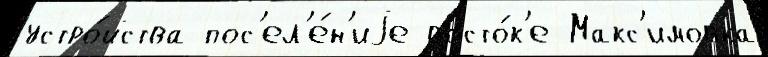
устро́йства пос'ел'е́н'иjе восто́к'е Макс'имовка